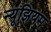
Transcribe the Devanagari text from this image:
न्यूझियम